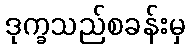
ဒုက္ခသည်စခန်းမှ